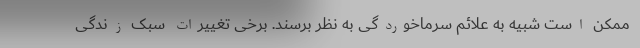
ممکن است شبیه به علائم سرماخوردگی به نظر برسند. برخی تغییرات سبک زندگی